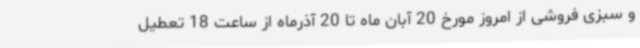
و سبزی فروشی از امروز مورخ 20 آبان ماه تا 20 آذرماه از ساعت 18 تعطیل